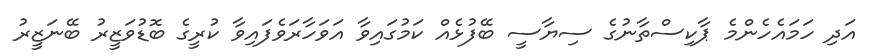
އަދި ހަމައެހެންމެ ޕާކިސްތާނުގެ ސިޔާސީ ބޭފުޅެއް ކަމުގައިވާ އަވަހާރަވެފައިވާ ކުރީގެ ބޮޑުވަޒީރު ބޭނަޒީރު